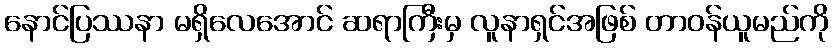
နောင်ပြဿနာ မရှိလေအောင် ဆရာကြီးမှ လူနာရှင်အဖြစ် တာဝန်ယူမည်ကို